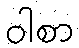
ဝါစာ